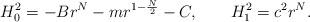
LaTeX: \begin{align*}H_0^2 = -B r^N - m r^{1-\frac{N}{2}} - C, \qquad H_1^2 = c^2 r^N.\end{align*}